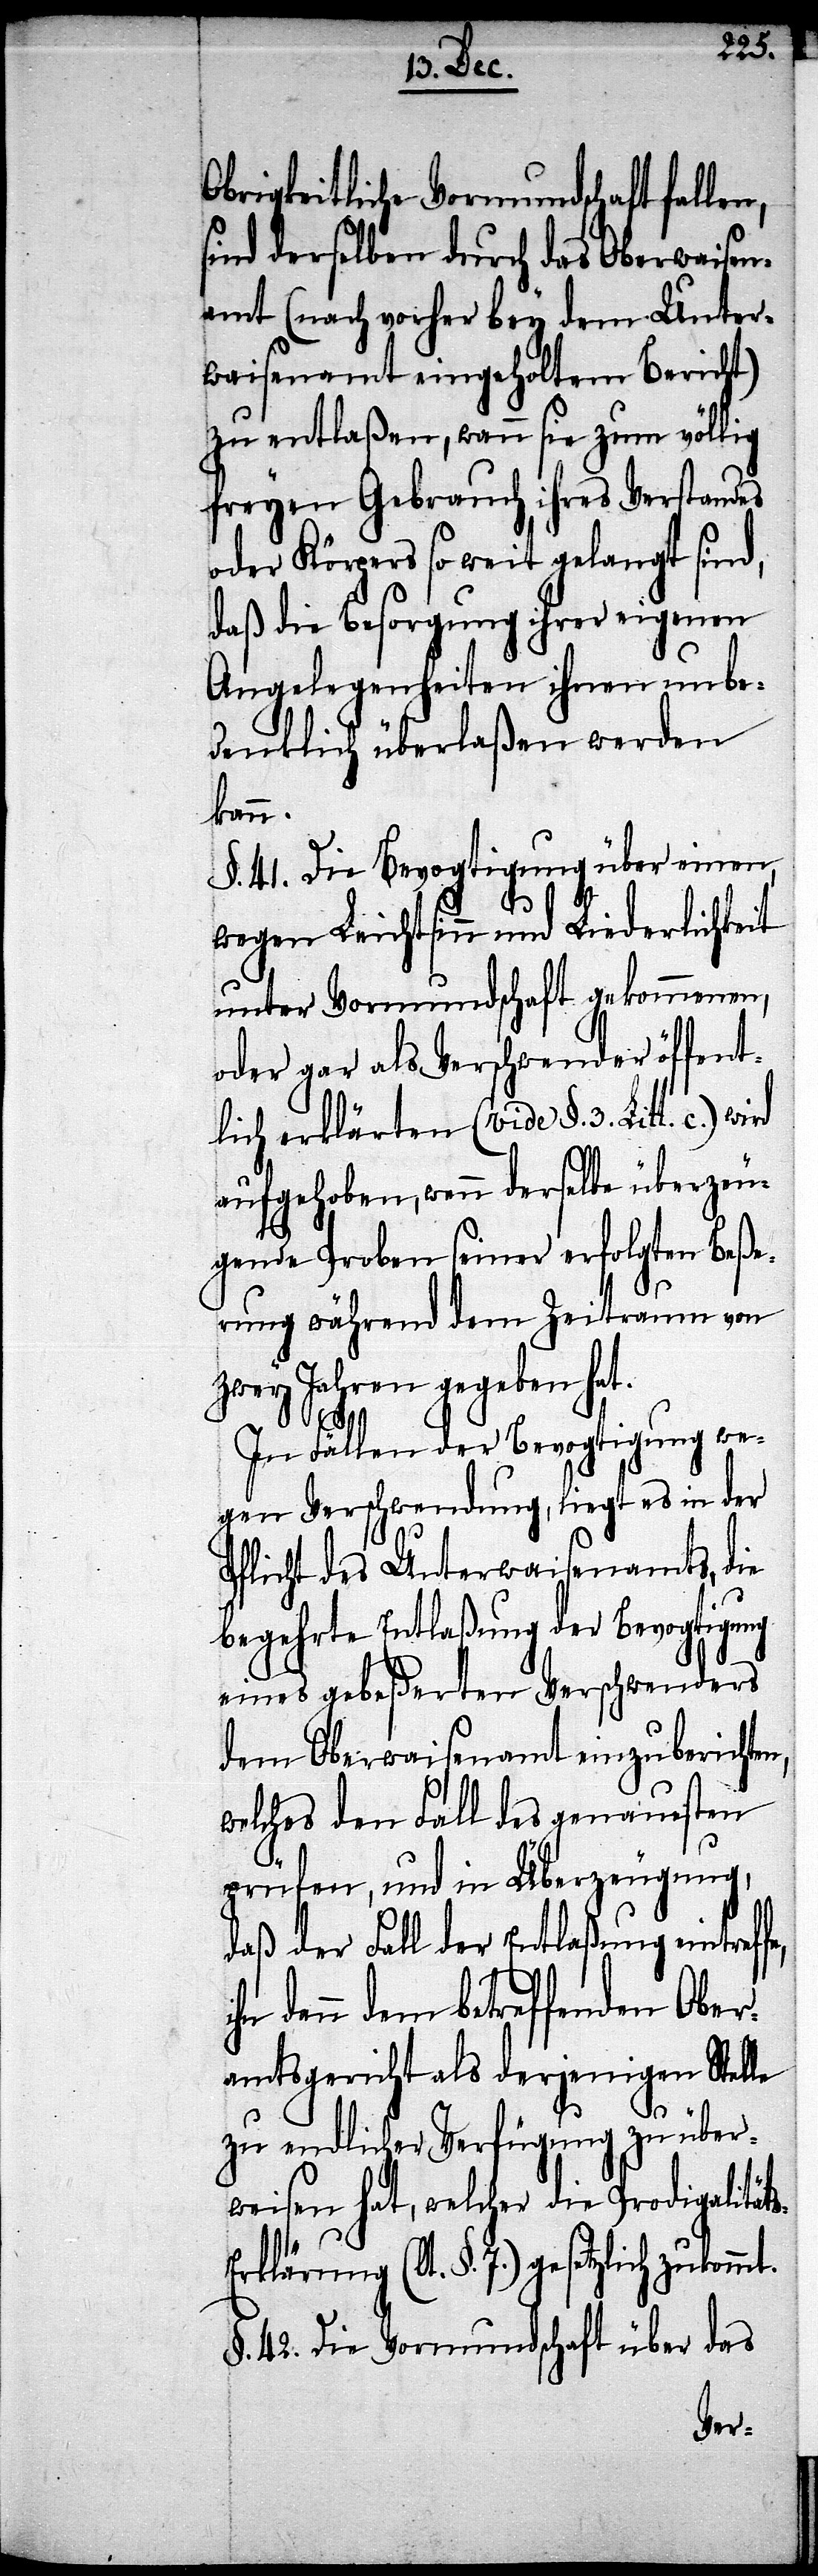
s-E¬
Obrigkeitliche Vormundschaft fallen,
sind derselben durch das Oberwaisen¬
amt (nach vorher bey dem Unter¬
waisenamt eingeholtem Bericht)
zu entlaßen, wann sie zum völlig
freyen Gebrauch ihres Verstandes
oder Körpers so weit gelangt sind,
daß die Besorgung ihrer eigenen
Angelegenheiten ihnen unbe¬
denklich überlaßen werden
kann.
§. 41. Die Bevogtigung über einen,
wegen Leichtsinn und Liederlichkeit
unter Vormundschaft gekommenen,
oder gar als Verschwender öffent¬
lich erklärten (vide §. 3. Litt. c.)
aufgehoben, wenn derselben überzeu¬
gende Proben seiner erfolgten Beße¬
rung während dem Zeitraum von
zwey Jahren gegeben hat.
mt.
In Fällen der Bevogtigung we¬
gen Verschwendung, liegt es in der
Pflicht des Unterwaisenamts, die
begehrte Entlaßung der Bevogtigung
eines gebeßerten Verschwenders
dem Oberwaisenamt einzuberichte¬
welches den Fall des genauesten
prüfen, und in Überzeugung,
daß der Fall der Entlaßung eintref¬
hn dann dem betreffenden Ober¬
amtsgericht als derjenigen Stelle
zu endlicher Verfügung zu über¬
weisen hat, welcher die Prodigalität¬
rklärung (lt. §. 7.) gesetzlich zukom¬
§. 42. Die Vormundschaft über das